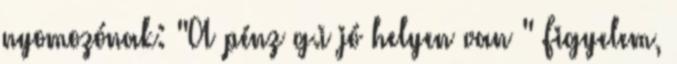
nyomozónak: "A pénz g.i jó helyen van " Figyelem,